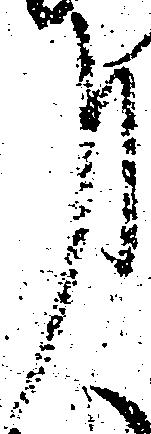
事